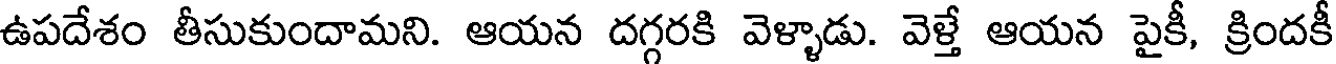
ఉపదేశం తీసుకుందామని. ఆయన దగ్గరకి వెళ్ళాడు. వెళ్తే ఆయన పైకీ, క్రిందకీ